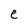
Character: e